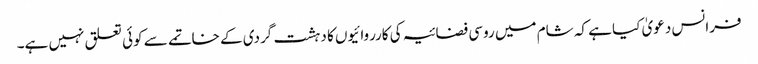
فرانس دعویٰ کیا ہے کہ شام میں روسی فضائیہ کی کارروائیوں کا دہشت گردی کے خاتمے سے کوئی تعلق نہیں ہے۔